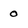
Character: o